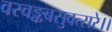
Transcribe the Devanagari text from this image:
वस्वङ्कबसुवत्सरे।।